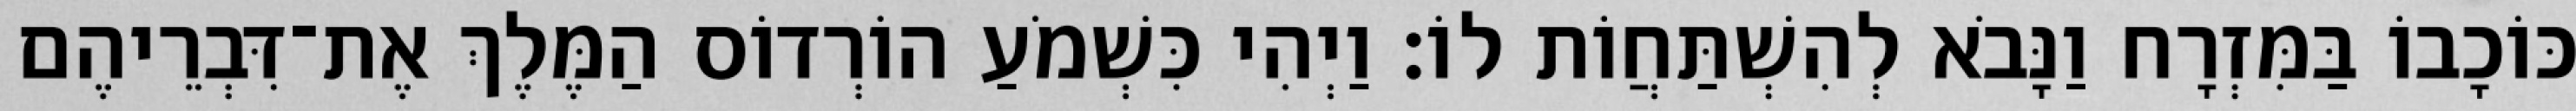
כּוֹכָבוֹ בַּמִּזְרָח וַנָּבֹא לְהִשְׁתַּחֲוֹת לוֹ׃ וַיְהִי כִּשְׁמֹעַ הוֹרְדוֹס הַמֶּלֶךְ אֶת־דִּבְרֵיהֶם